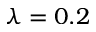
\lambda = 0 . 2